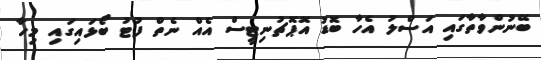
ބޭނުންވާތާގައި އަސްލު އެހާ ބޮޑު އޮޕޮޗުނިޓީސް އެއް ނެތް ފުޓު ބޯޅައިގައި މިހާ